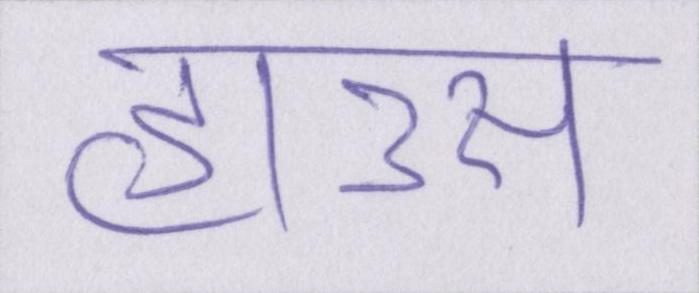
हाउस